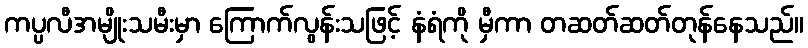
ကပ္ပလီအမျိုးသမီးမှာ ကြောက်လွန်းသဖြင့် နံရံကို မှီကာ တဆတ်ဆတ်တုန်နေသည်။